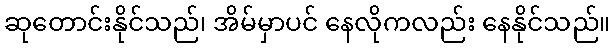
ဆုတောင်းနိုင်သည်၊ အိမ်မှာပင် နေလိုကလည်း နေနိုင်သည်။